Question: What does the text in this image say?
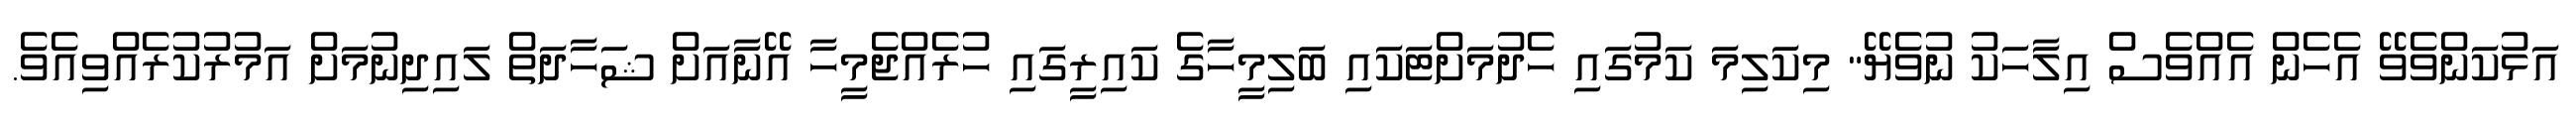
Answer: އަޅުކަންވެވޭ އެހެން އެއްވެސް އިލާހަކު ނުވެޔޭ" މިކަލިމަ ކަމުގައި ހެދުމަށްޓަކައި ބަލިމީހާގެ ކައިރީގައި ހުރެއްޖެމީހާ އޭނާއަށް ޝަހާދަތް ލައިދިނުމަށް އަމުރުކުރެއްވިއެވެ.